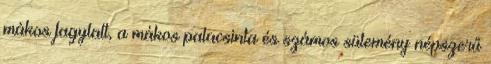
mákos fagylalt, a mákos palacsinta és számos sütemény népszerű